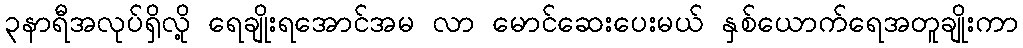
၃နာရီအလုပ်ရှိလို့ ရေချိုးရအောင်အမ လာ မောင်ဆေးပေးမယ် နှစ်ယောက်ရေအတူချိုးကာ